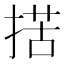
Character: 𢱗